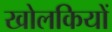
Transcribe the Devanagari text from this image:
खोलकियों